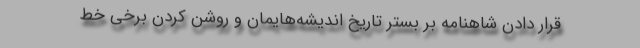
قرار دادن شاهنامه بر بستر تاریخ اندیشه‌هایمان و روشن کردن برخی خط